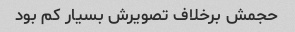
حجمش برخلاف تصویرش بسیار کم بود